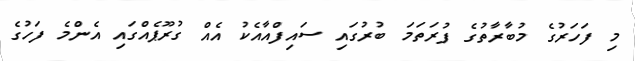
މި ފަހަރުގެ މުބާރާތުގެ ފުރަތަމަ ބުރުގައި ސައިފްއާއެކު އެއް ގުރޫޕެއްގައި އެންމެ ފަހުގެ